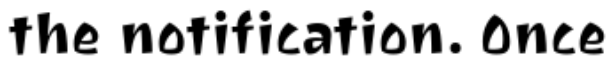
the notification. Once